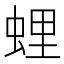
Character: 𧋎